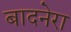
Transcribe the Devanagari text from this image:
बादनेरा